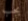
يجب